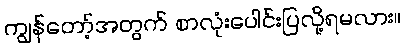
ကျွန်တော့်အတွက် စာလုံးပေါင်းပြလို့ရမလား။